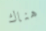
هناك